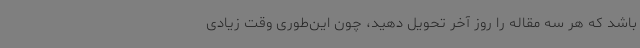
باشد که هر سه مقاله را روز آخر تحویل دهید، چون این‌طوری وقت زیادی